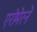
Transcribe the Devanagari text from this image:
एरोमेरने